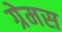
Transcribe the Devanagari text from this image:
ग्रेमस